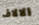
الالاف